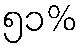
၅၁%